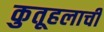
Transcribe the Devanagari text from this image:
कुतूहलाची